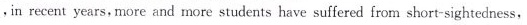
，in recent years，more and more students have suffered fromshort-sightedness，